Lunatic asylums Central Provinces reports 1886-1894 - 1886-1894
Year: 1886
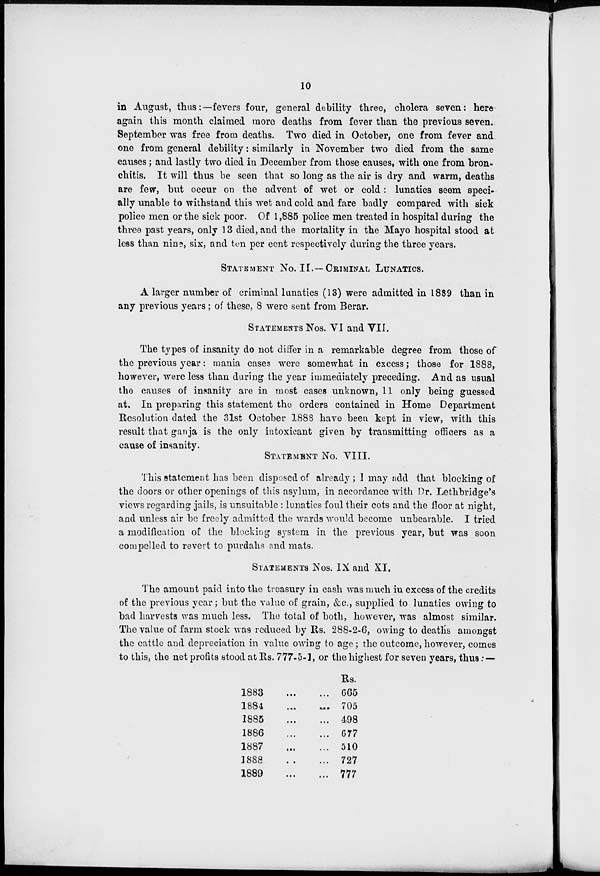
10
in August, thus:—fevers four, general debility three, cholera seven: here
again this month claimed more deaths from fever than the previous seven.
September was free from deaths. Two died in October, one from fever and
one from general debility: similarly in November two died from the same
causes; and lastly two died in December from those causes, with one from bron-
chitis. It will thus be seen that so long as the air is dry and warm, deaths
are few, but occur on the advent of wet or cold: lunatics seem speci-
ally unable to withstand this wet and cold and fare badly compared with sick
police men or the sick poor. Of 1,885 police men treated in hospital during the
three past years, only 13 died, and the mortality in the Mayo hospital stood at
less than nine, six, and ten per cent respectively during the three years.
STATEMENT No. II.— CRIMINAL LUNATICS.
A larger number of criminal lunatics (13) were admitted in 1889 than in
any previous years; of these, 8 were sent from Berar.
STATEMENTS Nos. VI and VII.
The types of insanity do not differ in a remarkable degree from those of
the previous year: mania cases were somewhat in excess; those for 1888,
however, were less than during the year immediately preceding. And as usual
the causes of insanity are in most cases unknown, 11 only being guessed
at. In preparing this statement the orders contained in Home Department
Resolution dated the 31st October 1888 have been kept in view, with this
result that ganja is the only intoxicant given by transmitting officers as a
cause of insanity.
STATEMENT No. VIII.
This statement has been disposed of already; I may add that blocking of
the doors or other openings of this asylum, in accordance with Dr. Lethbridge's
views regarding jails, is unsuitable : lunatics foul their cots and the floor at night,
and unless air be freely admitted the wards would become unbearable. I tried
a modification of the blocking system in the previous year, but was soon
compelled to revert to purdahs and mats.
STATEMENTS Nos. IX and XI.
The amount paid into the treasury in cash was much in excess of the credits
of the previous year; but the value of grain, &c., supplied to lunatics owing to
bad harvests was much less. The total of both, however, was almost similar.
The value of farm stock was reduced by Rs. 288-2-6, owing to deaths amongst
the cattle and depreciation in value owing to age; the outcome,however, comes
to this, the net profits stood at Rs. 777-5-1, or the highest for seven years, thus: —
1883
...
...
1884 ... ...
1885 ... ...
1886
...
...
1887
...
...
1888 ... ...
1889
...
...
Rs.
665
705
498
677
510
727
777